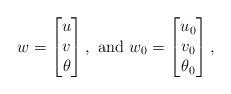
LaTeX: \begin{align*}w=\begin{bmatrix} u\\ v\\ \theta\end{bmatrix},\ \mbox{and}\ w_0=\begin{bmatrix} u_0\\ v_0\\ \theta_0\end{bmatrix},\end{align*}